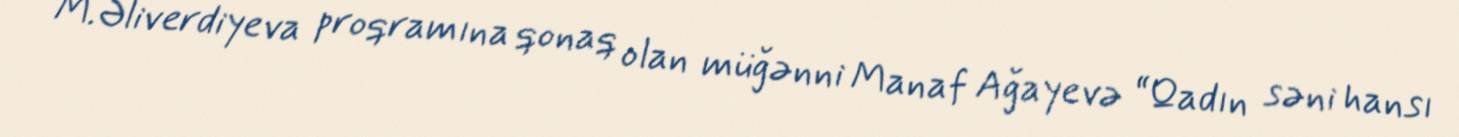
M.Əliverdiyeva proqramına qonaq olan müğənni Manaf Ağayevə “Qadın səni hansı